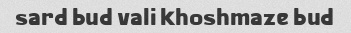
sard bud vali khoshmaze bud